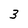
Character: 3